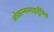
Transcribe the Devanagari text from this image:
लोकान्समाहर्तुमिह